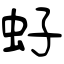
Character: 虸